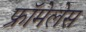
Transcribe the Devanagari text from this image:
फ्रॉमेलेस